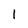
Character: 1